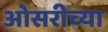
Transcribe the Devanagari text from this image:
ओसरीच्या